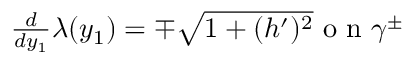
\begin{array} { r } { \frac { d } { d y _ { 1 } } \lambda ( y _ { 1 } ) = \mp \sqrt { 1 + ( h ^ { \prime } ) ^ { 2 } } \textnormal { o n } \gamma ^ { \pm } } \end{array}